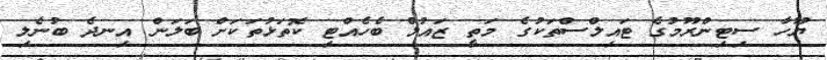
ޔޫހާ ސިޓިންރޫމުގެ ޓައިލްސްތަކުގެ މަތީ ޒައުލް ބެހެއްޓި ކޮތަޅުތަކަށް ބަލަން އިނދެ ބުނެލި